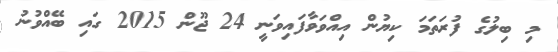
މި ބިލުގެ ފުރަތަމަ ކިޔުން އިއްވަވާފައިވަނީ 24 ޖޫން 2015 ގައި ބޭއްވުނު